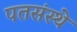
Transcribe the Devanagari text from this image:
पतसंस्थे